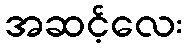
အဆင့်လေး